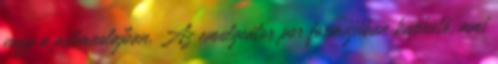
vagy a pálmaolajban. Az emulgeátor por formájában kapható, ami